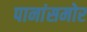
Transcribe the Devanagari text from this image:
पानांसमोर